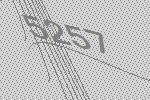
5257